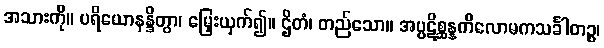
အသားကို။ ပရိယောနန္ဒိတွာ၊ မြှေးယှက်၍။ ဌိတံ၊ တည်သော။ အပ္ပဋိစ္ဆန္နကိလောမကသင်္ခါတဉ္စ၊